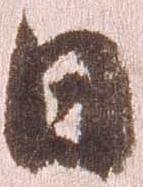
日